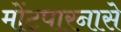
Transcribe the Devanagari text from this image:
मोंटपारनासे